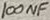
Text: 100NF